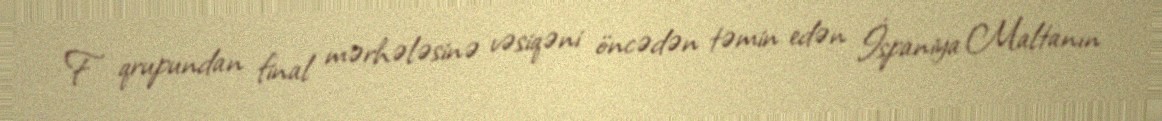
F qrupundan final mərhələsinə vəsiqəni öncədən təmin edən İspaniya Maltanın